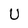
Character: U